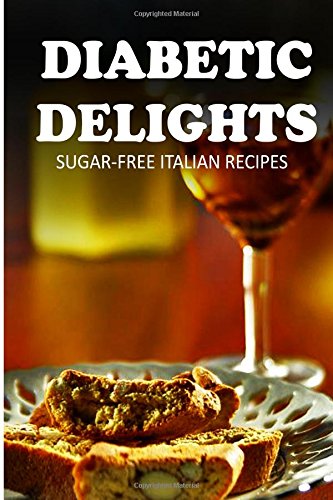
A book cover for Sugar-Free Italian Recipes (Diabetic Delights); Ariel Sparks; Cookbooks, Food & Wine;